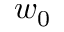
w _ { 0 }